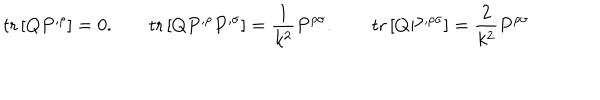
\mathrm { t r } \left[ Q P ^ { , \rho } \right] = 0 . \qquad \mathrm { t r } \left[ Q P ^ { , \rho } P ^ { , \sigma } \right] = \frac { 1 } { k ^ { 2 } } P ^ { \rho \sigma } . \qquad \mathrm { t r } \left[ Q P ^ { , \rho \sigma } \right] = \frac { 2 } { k ^ { 2 } } P ^ { \rho \sigma }